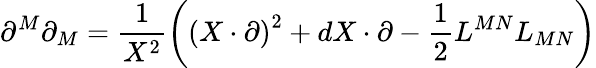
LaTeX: \partial^{M}\partial_{M}=\frac{1}{X^{2}}\left(\left(X\cdot\partial\right)^{2}+dX\cdot\partial-\frac{1}{2}L^{MN}L_{MN}\right)